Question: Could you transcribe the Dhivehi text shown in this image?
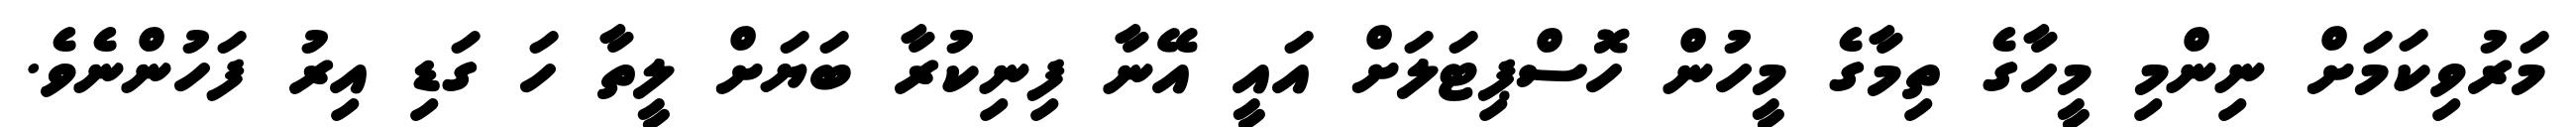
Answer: މަރުވިކަމަށް ނިންމި މީހާގެ ތިމާގެ މީހުން ހޮސްޕިޓަލަށް އައީ އޭނާ ފިނިކުރާ ބަޔަށް ލީތާ ހަ ގަޑި އިރު ފަހުންނެވެ.